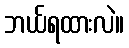
ဘယ်ရထားလဲ။